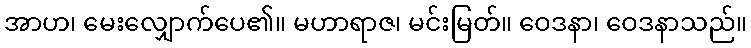
အာဟ၊ မေးလျှောက်ပေ၏။ မဟာရာဇ၊ မင်းမြတ်။ ဝေဒနာ၊ ဝေဒနာသည်။